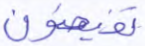
تفيضون